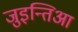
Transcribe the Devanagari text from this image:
जुइन्तिआ